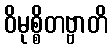
ဝိမုစ္စိတဗ္ဗာတိ